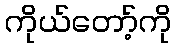
ကိုယ်တော့်ကို